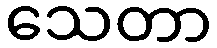
သေတာ